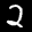
Label: 2